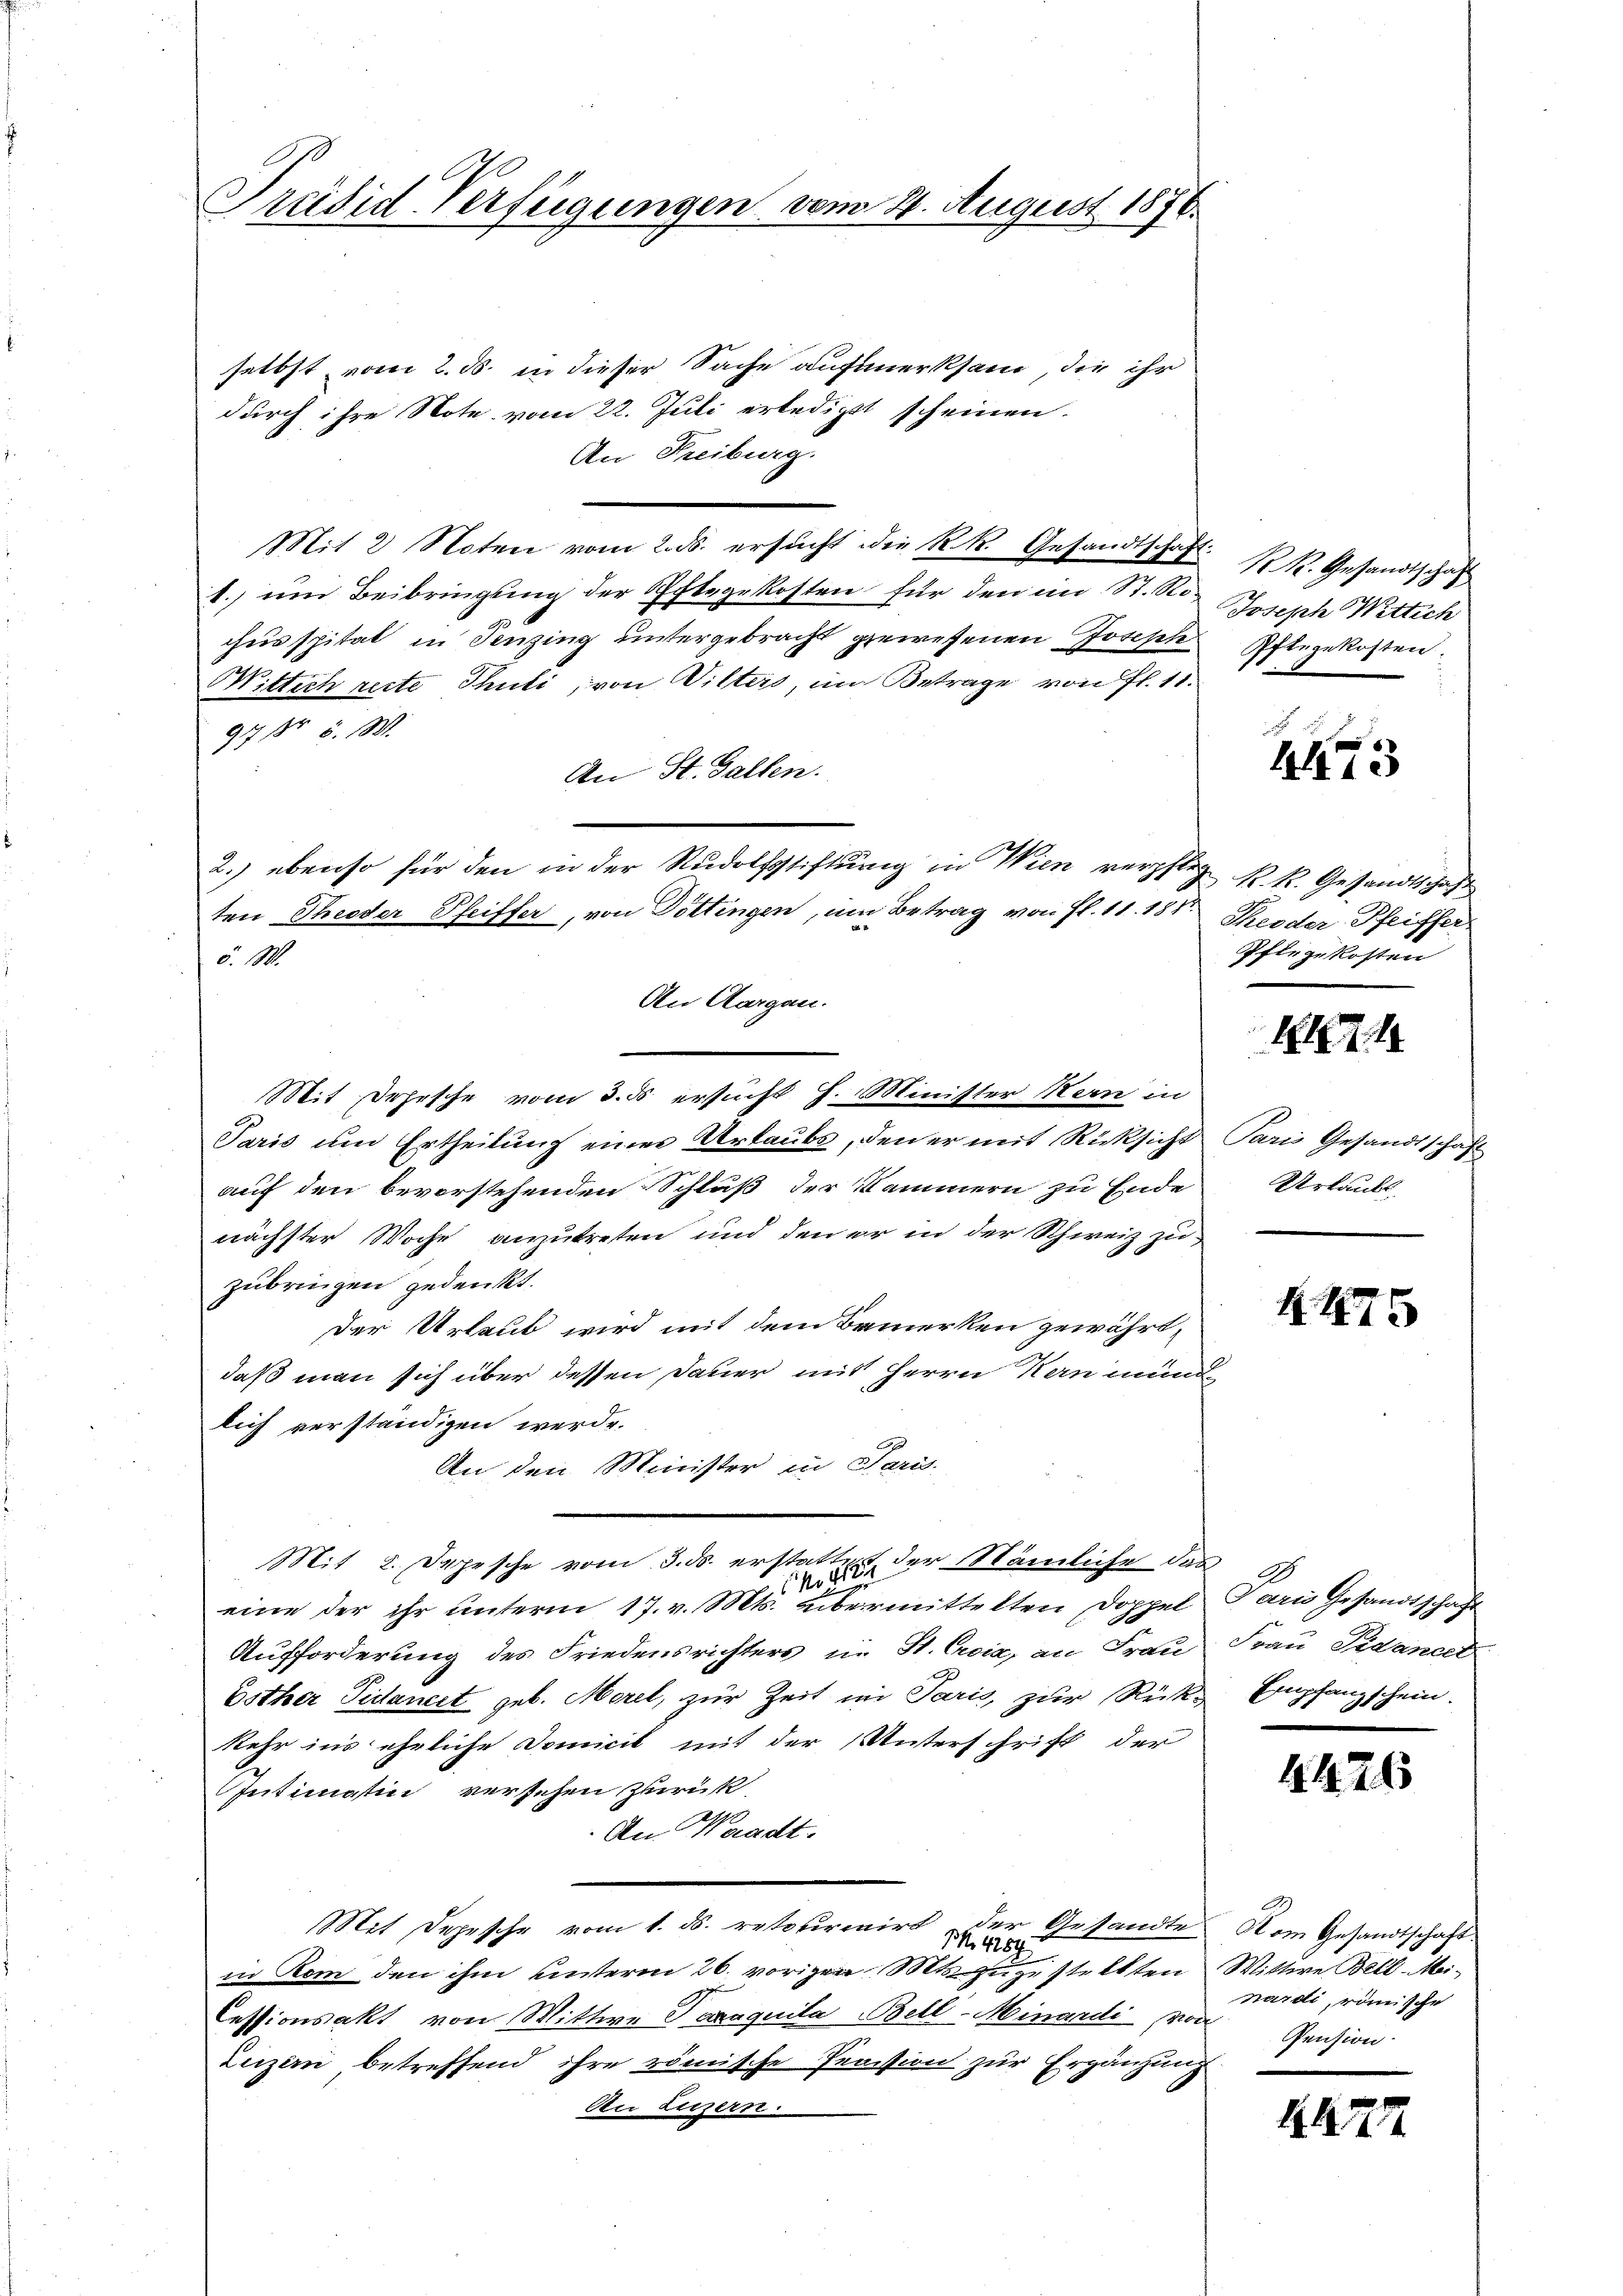
Präsid-Verfügungen vom 24. August 1876.

selbst vom 2. ds. in dieser Sache aufmerksam, die ihr
durch ihre Note vom 22. Juli erledigt scheinen.
An Freiburg.
Mit 2 Noten vom 2. ds. ersucht die k.k. Gesandtschaft
t.) um Beibringung der Pflegekosten für den im St. Rochus spitat in Fenzing untergebracht gewesenen Joseph
Wittich recte Thuli, von Wilters, im Betrage von fl. 11.
97 Nr. 5. M.
An St. Gallen.
ö. W.
An Aargau.
Mit Dehesche vom 3. ds ersucht H. Minister Hern in
Paris um Ertheilung einer Urlaubs, den er mit Rücksicht Paris Gesandtschaft
auf den bevorstehenden Schluß der Kammern zu Ende
nächster Woche anzutreten und den er in der Schweiz zu
zubringen gedenkt.
Der Urlaub wird mit dem Bemerken gewährt,
daß man sich über dessen Dauer mit Herrn Kaninu
lich verständigen werde.
An den Minister in Paris
Mit 2. Depesche vom 3. ds. erstatten der Stämliche das
.
eine der ihr unterm 17. v. Mts. übermittelten Doppel
Aufforderung des Friedensrichters in St. Croix, an Frau
Bother Pidancet geb. Morel, zur Zeit in Paris, zur Rückkehr in’s ehrliche Domicil mit der Unterschrift der
Intimatin versehen Zurück
An Waadt.
Mit Depesche vom 1. ds. retourinirt der Gesandte
M. 4289
in Rom den ihm unterm 26. vorigen Mts. zugestellten Wittwe Bell-Mei¬
Cessionsakt von Wittwe Taxaquila Bell-Minardi von
Luzern betreffend ihre renische Pension zur Ergänzung
An Luzern.

2.) ebenso für den in der Rudolfstiftung in Wien verpfleg k. k. Gesandtschaft
ten Theoder Pfeiffer, von Döttingen, um Betrag von fl. 11. 187

R. R. Gesandtschaft
Joseph Wittich
Pflegekosten.

4473

Theoder Pfeiffer
Pflegekosten

1184

Urlaubs

475

d
aris Gesandtschaft
Frau Gedancel
Empfangschein.

4426

Kom Gesandtschaft
nardi, römische
Pension.

4475